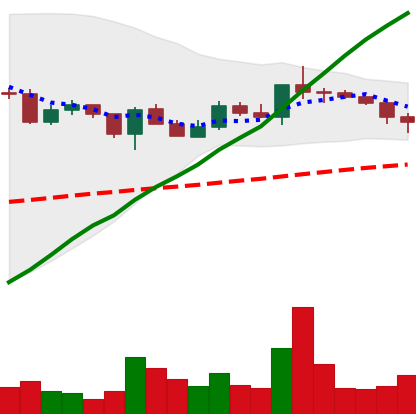
Ticker: XLM-USD
Chart end date: 2020-12-22
Forward return: -10.613%
Label: down_7plus